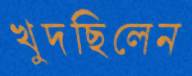
খুদছিলেন